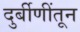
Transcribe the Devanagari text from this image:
दुर्बीणींतून